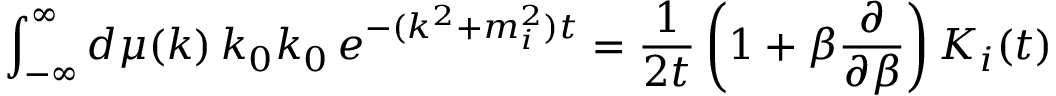
\int _ { - \infty } ^ { \infty } d \mu ( k ) \, k _ { 0 } k _ { 0 } \, e ^ { - ( k ^ { 2 } + m _ { i } ^ { 2 } ) t } = \frac 1 { 2 t } \left( 1 + \beta \frac \partial { \partial \beta } \right) K _ { i } ( t )